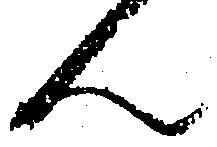
ん